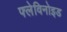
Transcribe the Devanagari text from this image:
फ्लेविनोइड